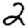
Digit: 2